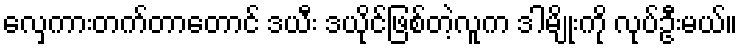
လှေကားတက်တာတောင် ဒယီး ဒယိုင်ဖြစ်တဲ့လူက ဒါမျိုးကို လုပ်ဦးမယ်။